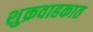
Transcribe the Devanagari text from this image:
शुक्रवाहकात